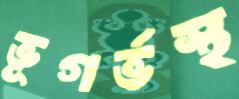
ভূগর্ভস্থ